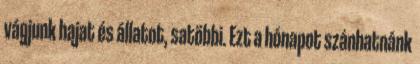
vágjunk hajat és állatot, satöbbi. Ezt a hónapot szánhatnánk